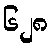
၆၂၈